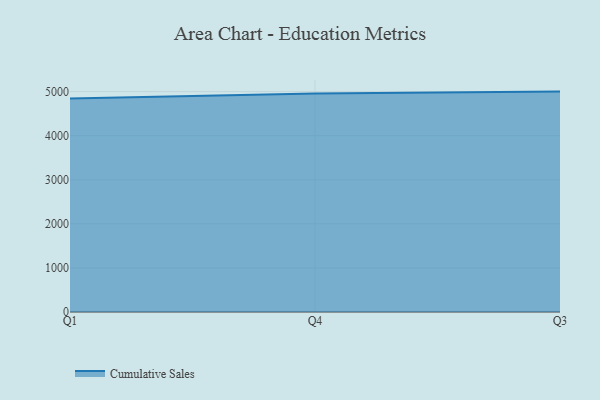
{"axis": {"x": "Quarter", "y": "Operating Costs (USD K)"}, "legend": ["Cumulative Sales"], "data": [{"x": "Q1", "y": 4843.4, "type": "Cumulative Sales"}, {"x": "Q4", "y": 4957.2, "type": "Cumulative Sales"}, {"x": "Q3", "y": 5000, "type": "Cumulative Sales"}]}